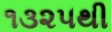
૧૩૨૫થી